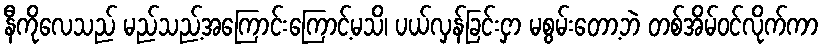
နီကိုလေသည် မည်သည့်အကြောင်းကြောင့်မသိ၊ ပယ်လှန်ခြင်းငှာ မစွမ်းတော့ဘဲ တစ်အိမ်ဝင်လိုက်ကာ